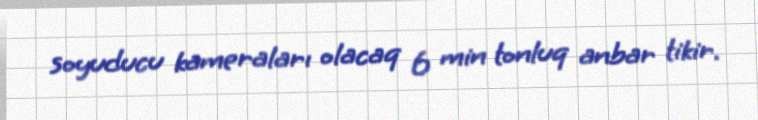
soyuducu kameraları olacaq 6 min tonluq anbar tikir.